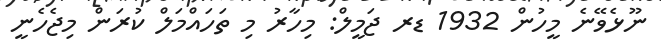
ނޫޅެވޭނެ މީހުން 1932 ޑރ ޖަމީލް: މިހާރު މި ތަހައްމަލް ކުރަން މިޖެހެނީ